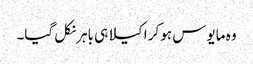
وہ مایوس ہو کر اکیلا ہی باہر نکل گیا۔